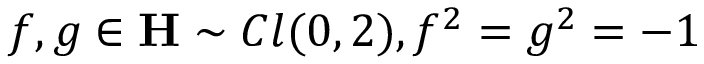
f , g \in { \bf H } \sim C l ( 0 , 2 ) , f ^ { 2 } = g ^ { 2 } = - 1